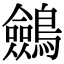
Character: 𪇇